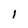
Character: 1